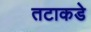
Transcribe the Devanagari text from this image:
तटाकडे